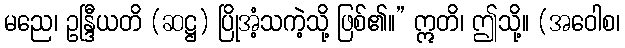
မညေ၊ ဥန္ဒြီယတိ (ဆဋ္ဌ) ပြိုအံ့သကဲ့သို့ ဖြစ်၏။” ဣတိ၊ ဤသို့။ (အဝေါစ၊